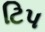
ટિપ